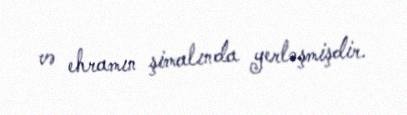
və ehramın şimalında yerləşmişdir.